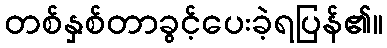
တစ်နှစ်တာခွင့်ပေးခဲ့ရပြန်၏။